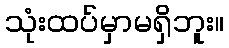
သုံးထပ်မှာမရှိဘူး။